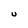
Character: U